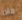
ماذا